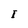
Character: I